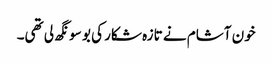
خون آشام نے تازہ شکار کی بو سونگھ لی تھی۔